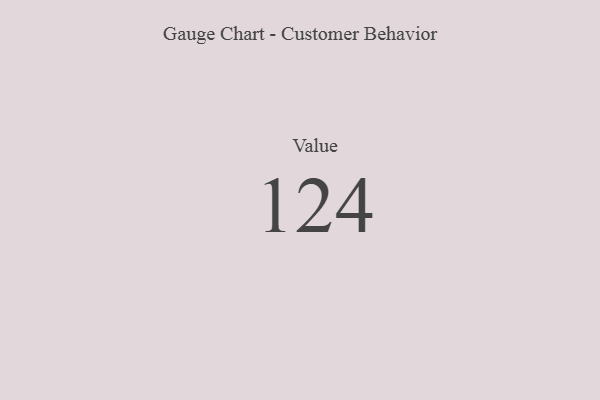
{"axis": {"x": "Metric", "y": "Value"}, "legend": [""], "data": [{"x": "Value", "y": 124, "type": ""}]}